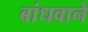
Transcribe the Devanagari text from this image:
बांधवाने